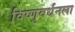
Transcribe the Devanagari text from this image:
विष्णुवर्धनला